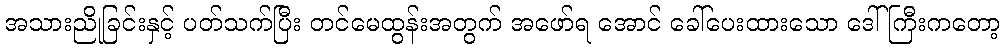
အသားညိုခြင်းနှင့် ပတ်သက်ပြီး တင်မေထွန်းအတွက် အဖော်ရ အောင် ခေါ်ပေးထားသော ဒေါ်ကြီးကတော့